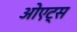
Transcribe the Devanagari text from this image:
ओएट्स